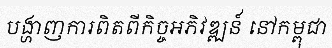
បង្ហាញការពិតពីកិច្ចអភិវឌ្ឍន៍ នៅកម្ពុជា